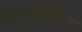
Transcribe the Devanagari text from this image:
अंतक्षेपित